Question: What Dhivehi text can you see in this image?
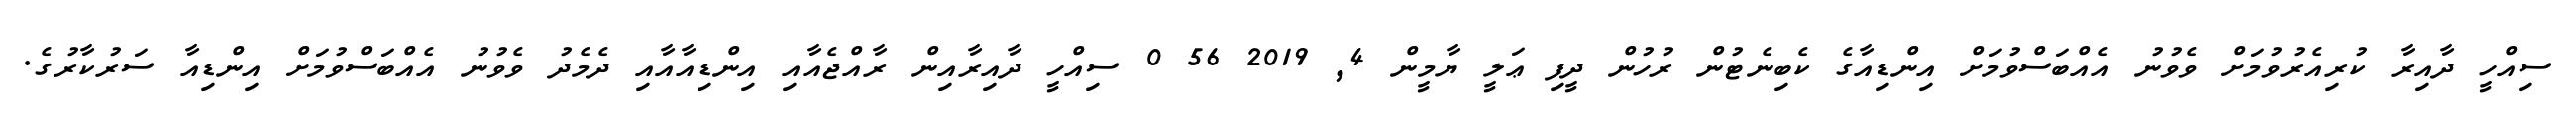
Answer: ސިއްހީ ދާއިރާ ކުރިއެރުވުމަށް ވެވުނު އެއްބަސްވުމަށް އިންޑިއާގެ ކެބިނެޓުން ރުހުން ދީފި ޢަލީ ޔާމީން 4, 2019 56 0 ސިއްހީ ދާއިރާއިން ރާއްޖެއާއި އިންޑިއާއާއި ދެމެދު ވެވުނު އެއްބަސްވުމަށް އިންޑިއާ ސަރުކާރުގެ.